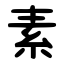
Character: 素